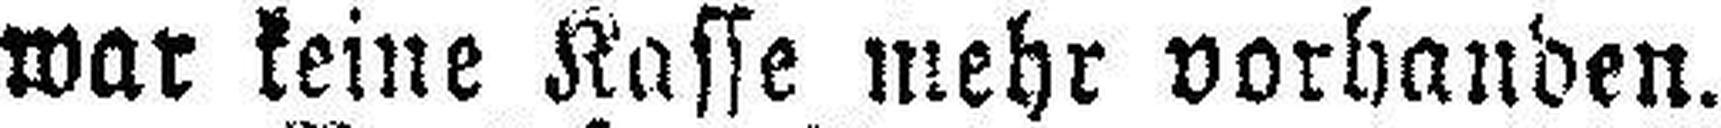
war keine Kasse mehr vorhanden.